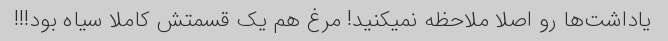
یاداشت‌ها رو اصلا ملاحظه نمیکنید! مرغ هم یک قسمتش کاملا سیاه بود!!!